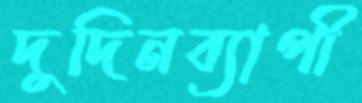
দুদিনব্যাপী